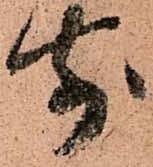
前